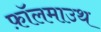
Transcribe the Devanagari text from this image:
फ़ॉलमाउथ